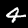
Label: 4